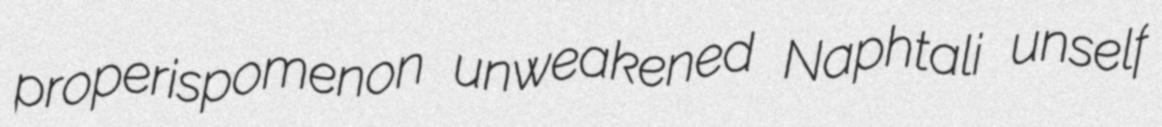
properispomenon unweakened Naphtali unself